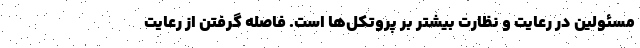
مسئولین در رعایت و نظارت بیشتر بر پروتکل‌ها است. فاصله گرفتن از رعایت